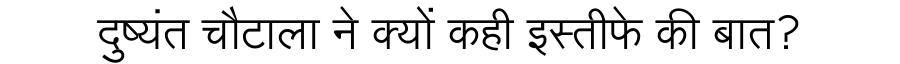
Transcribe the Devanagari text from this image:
दुष्यंत चौटाला ने क्यों कही इस्तीफे की बात?